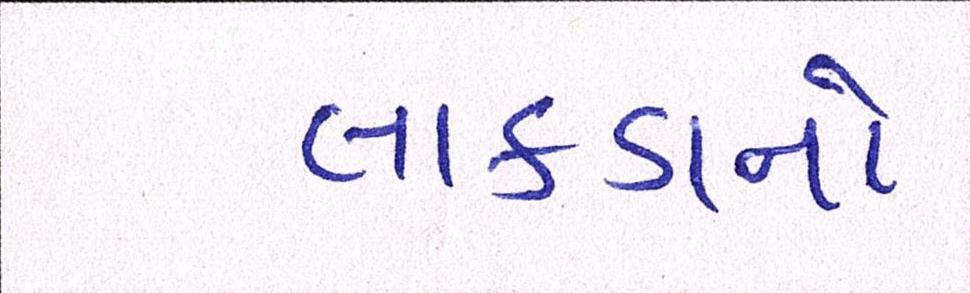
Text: લાકડાનો